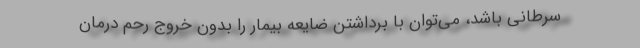
سرطانی باشد، می‌توان با برداشتن ضایعه بیمار را بدون خروج رحم درمان